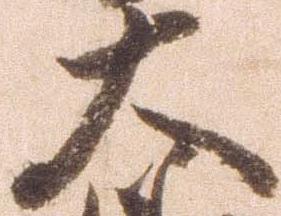
大